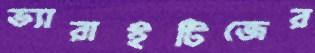
ভ্যারাইটিজের